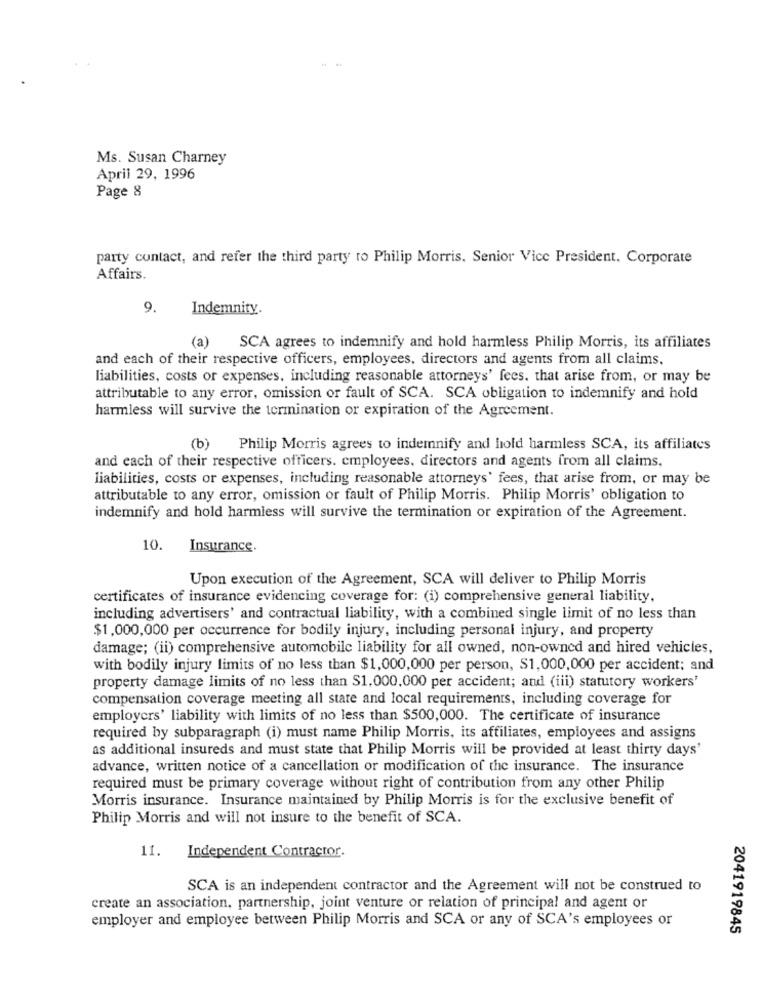
Ms. Susan Charney
April 29, 1996
Page 8
party contact, and refer the third party to Philip Morris. Senior Vice President. Corporate
Affairs.
9.
Indemnity.
(a) SCA agrees to indemnify and hold harmless Philip Morris, its affiliates
and each of their respective officers, employees, directors and agents from all claims.
liabilities, costs or expenses, including reasonable attorneys' fees. that arise from, or may be
attributable to any error, omission or fault of SCA. SCA obligation to indemnify and hold
harmless will survive the termination or expiration of the Agreement.
(b)
Philip Morris agrees to indemnify and hold harmless SCA, its affiliates
and each of their respective officers. employees. directors and agents from all claims.
liabilities, costs or expenses, including reasonable attorneys' fees, that arise from, or may be
attributable to any error, omission or fault of Philip Morris. Philip Morris' obligation to
indemnify and hold harmless will survive the termination or expiration of the Agreement.
10. Insurance.
Upon execution of the Agreement, SCA will deliver to Philip Morris
certificates of insurance evidencing coverage for: (i) comprehensive general liability,
including advertisers' and contractual liability, with a combined single limit of no less than
$1,000,000 per occurrence for bodily injury, including personal injury, and property
damage; (ii) comprehensive automobile liability for all owned, non-owned and hired vehicles,
with bodily injury limits of no less than $1,000,000 per person, S1,000,000 per accident; and
property damage limits of no less than $1,000,000 per accident; and (iii) statutory workers'
compensation coverage meeting all state and local requirements, including coverage for
employers' liability with limits of no less than $500,000. The certificate of insurance
required by subparagraph (i) must name Philip Morris, its affiliates, employees and assigns
as additional insureds and must state that Philip Morris will be provided at least thirty days'
advance, written notice of a cancellation or modification of the insurance. The insurance
required must be primary coverage without right of contribution from any other Philip
Morris insurance. Insurance maintained by Philip Morris is for the exclusive benefit of
Philip Morris and will not insure to the benefit of SCA.
11.
Independent Contractor.
SCA is an independent contractor and the Agreement will not be construed to
create an association, partnership, joint venture or relation of principal and agent or
employer and employee between Philip Morris and SCA or any of SCA's employees or
2041919845